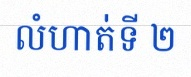
លំហាត់ទី ២